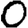
Digit: 0